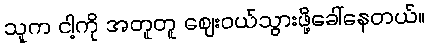
သူက ငါ့ကို အတူတူ ဈေးဝယ်သွားဖို့ခေါ်နေတယ်။